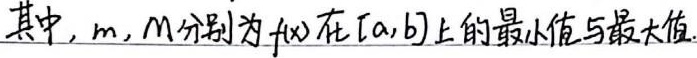
其中，\(m,M\)分别为\(f(x)\)在\([a,b]\)上的最小值与最大值。